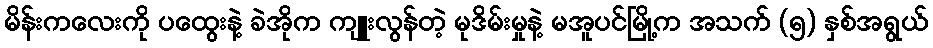
မိန်းကလေးကို ပထွေးနဲ့ ခဲအိုက ကျူးလွန်တဲ့ မုဒိမ်းမှုနဲ့ မအူပင်မြို့က အသက် (၅) နှစ်အရွယ်